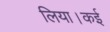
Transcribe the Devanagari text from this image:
लिया।कई